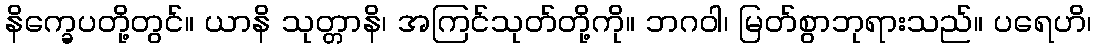
နိက္ခေပတို့တွင်။ ယာနိ သုတ္တာနိ၊ အကြင်သုတ်တို့ကို။ ဘဂဝါ၊ မြတ်စွာဘုရားသည်။ ပရေဟိ၊